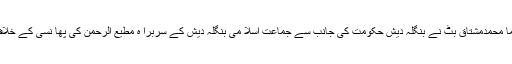
ان خیالات کا اظہار جماعت اسلا می کے رہنما محمدمشتاق بٹ نے بنگلہ دیش حکومت کی جانب سے جماعت اسلا می بنگلہ دیش کے سربرا ہ مطیع الرحمن کی پھا نسی کے خلاف مذمتی اجلاس سے خطاب کرتے ہوئے کیا۔